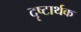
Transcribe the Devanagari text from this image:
दृष्टार्थक